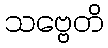
သဗ္ဗေတိ